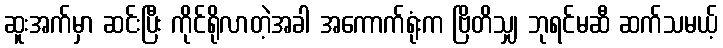
ဆူးအက်မှာ ဆင်းပြီး ကိုင်ရိုလာတဲ့အခါ အကောက်ရုံးက ဗြိတိသျှ ဘုရင်မဆီ ဆက်သမယ့်